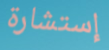
إستشارة